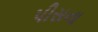
પીસના